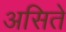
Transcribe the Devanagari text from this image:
असिते